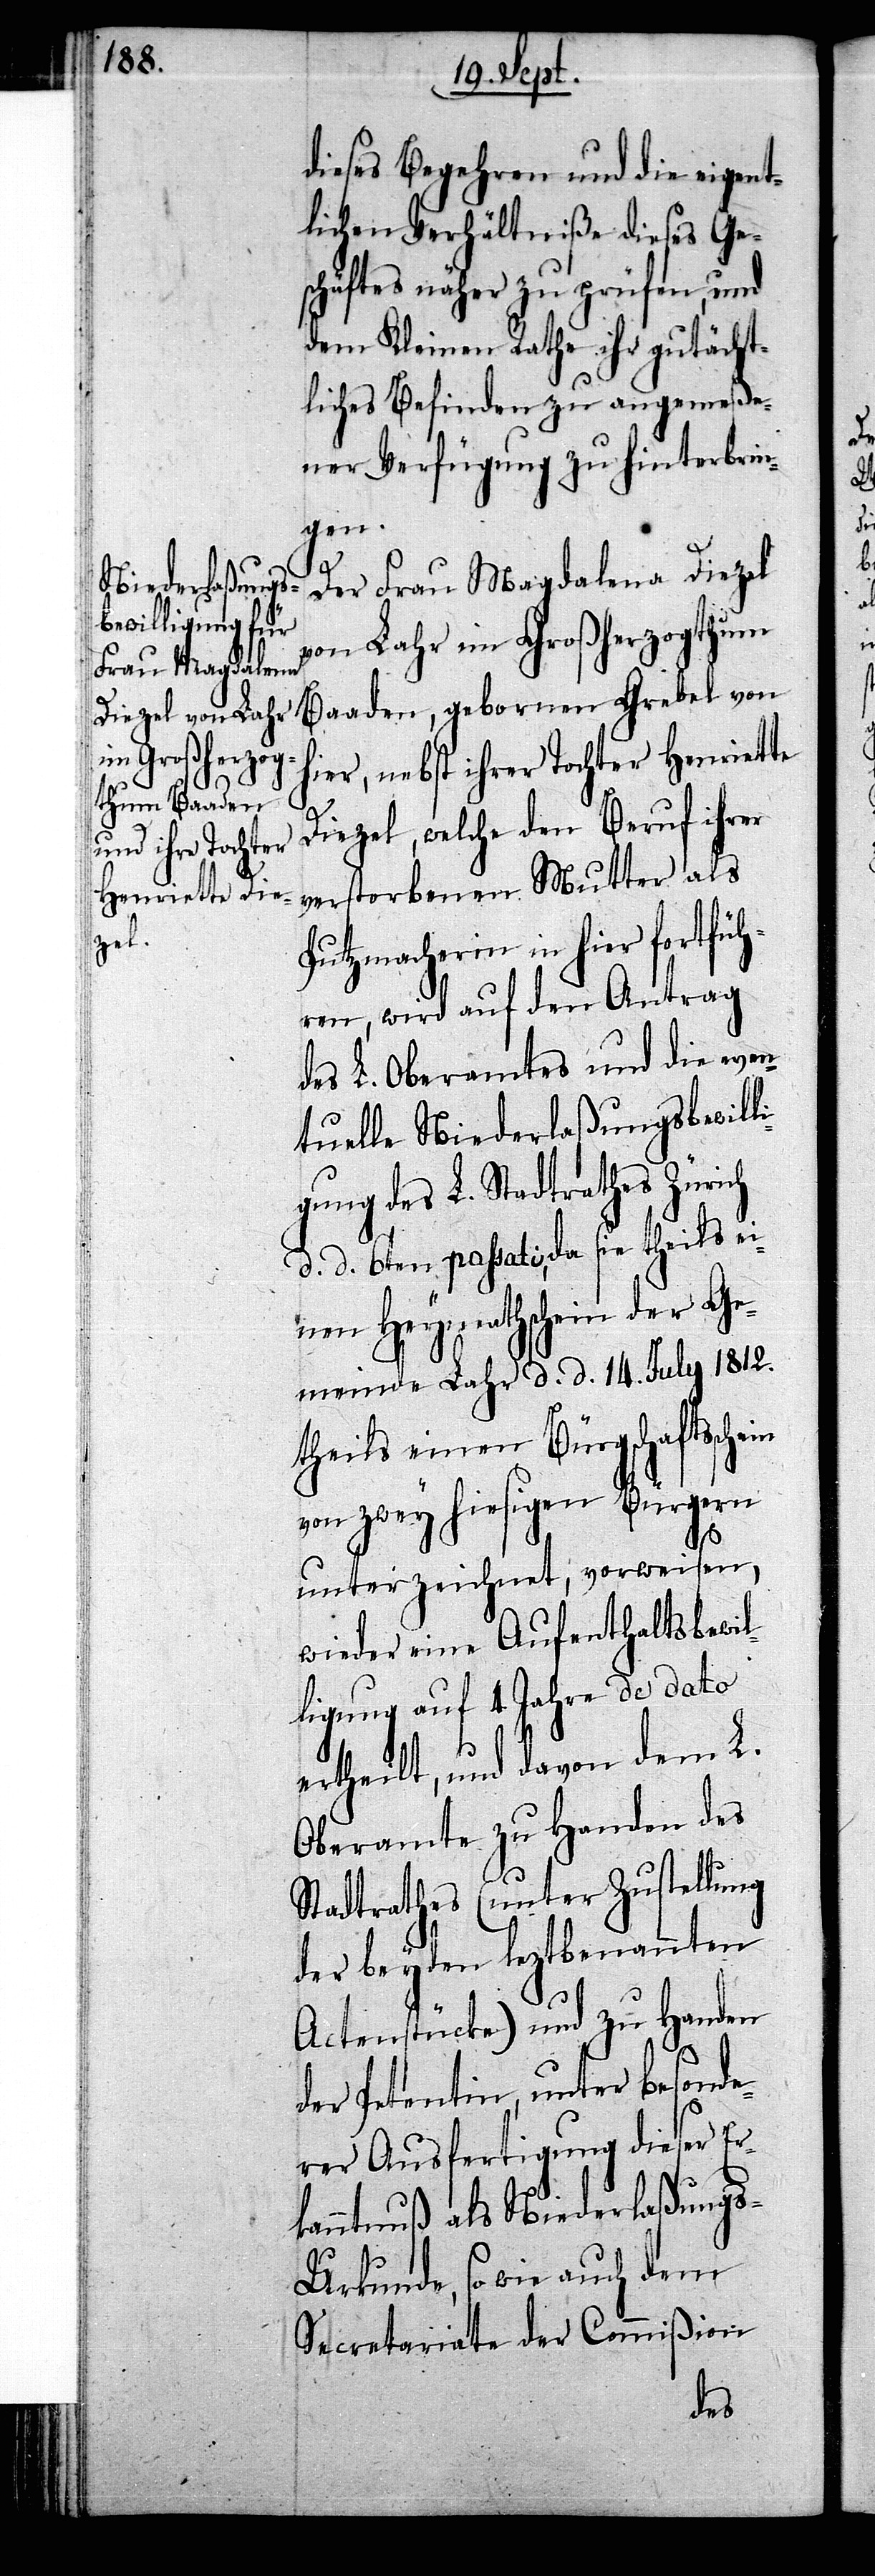
dieses Begehren und die eigent¬
lichen Verhältniße dieses Ges¬
chäftes näher zu prüfen, und
dem Kleinen Rathe ihr gutächt¬
liches Befinden zu angemeße¬
ner Verfügung zu hinterbrin¬
gen.
Der Frau Magdalena Diezel
von Lahr im Großherzogthum
Baaden, gebornen Grebel von
hier, nebst ihrer Tochter Henriette
Diezel, welche den Beruf ihrer
verstorbenen Mutter als
Putzmacherin in hier fortfüh¬
ren, wird auf den Antrag
des L. Oberamtes und die even¬
tuelle Niederlaßungsbewilli¬
gung des L. Stadtrathes Zürich
d. d. 6ten passati, da sie theils ei¬
nen Heymathschein der Ge¬
meinde Lahr d. d. 14. July 1812.
theils einen Bürgschaftsschein
von zwey hiesigen Bürgern
unterzeichnet, vorweisen,
wieder eine Aufenthaltsbewil¬
ligung auf 4. Jahre de dato
ertheilt, und davon dem L.
Oberamte zu Handen des
Stadtrathes (unter Zustellung
der beyden leztbenannten
Actenstücke) und zu Handen
der Petentin, unter besonde¬
rer Ausfertigung dieser Er¬
kanntnuß als Niederlaßung¬
s-Urkunde, so wie auch dem
Secretariate der Commißion